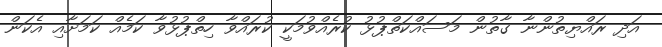
އަދި ރައްޔިތުންނާ ގާތުން މަސައްކަތްޕުޅު ކުރެއްވުމަކީ ކުރައްވާ ހިތްޕުޅުވާ ކަމެއް ކަމަށާއި އެކަން